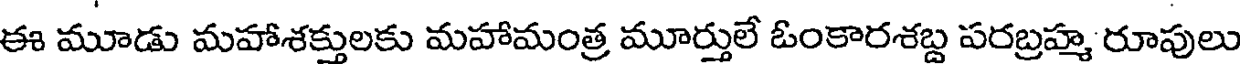
ఈ మూడు మహాశక్తులకు మహామంత్ర మూర్తులే ఓంకారశబ్ద పరబ్రహ్మ రూపులు